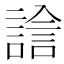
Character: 𧪃